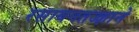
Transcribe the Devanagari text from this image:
रसायनतज्ज्ञाने